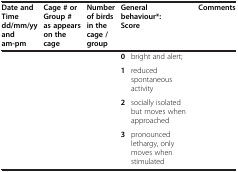
| Date and Time dd/mm/yy and am-pm | Cage # or Group # as appears on the cage | Number of birds in the cage / group | <COLSPAN=2> General behaviour*: Score | Comments |
 | --- | --- | --- | --- | --- | --- |
 |  |  |  | 0 | bright and alert; |  |
 |  |  |  | 1 | reduced spontaneous activity |  |
 |  |  |  | 2 | socially isolated but moves when approached |  |
 |  |  |  | 3 | pronounced lethargy, only moves when stimulated |  |